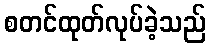
စတင်ထုတ်လုပ်ခဲ့သည်